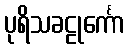
ပုရိသခဠုင်္ကော